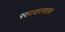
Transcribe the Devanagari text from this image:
स्लायरसला